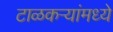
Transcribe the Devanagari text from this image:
टाळकऱ्यांमध्ये